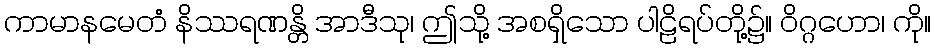
ကာမာနမေတံ နိဿရဏန္တိ အာဒီသု၊ ဤသို့ အစရှိသော ပါဠိရပ်တို့၌။ ဝိဂ္ဂဟော၊ ကို။